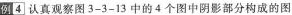
例4 认真观察图3-3-13中的4个图中阴影部分构成的图